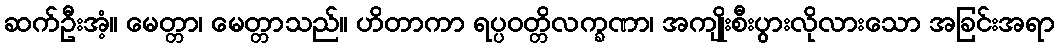
ဆက်ဦးအံ့။ မေတ္တာ၊ မေတ္တာသည်။ ဟိတာကာ ရပ္ပဝတ္တိလက္ခဏာ၊ အကျိုးစီးပွားလိုလားသော အခြင်းအရာ